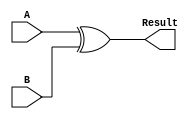
module Subtractor(input [3:0] A, B,
                output [3:0] Result);
     
  // Declaration of internal wires
  wire [3:0] Diff, Carry;
     
  // Declare the XOR gates for bitwise subtraction
  assign Diff = A ^ B;
     
  // Declare the AND gates for determining the carry
  assign Carry = (~A & B) | (~(A ^ B) & 1'b1);
     
  // Output the result of subtraction
  assign Result = Diff;
     
endmodule